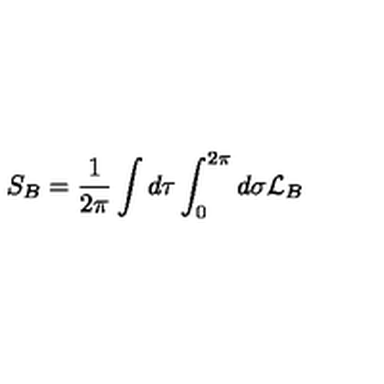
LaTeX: S _ { B } = \frac { 1 } { 2 \pi } \int d \tau \int _ { 0 } ^ { 2 \pi } d \sigma { \cal L } _ { B }